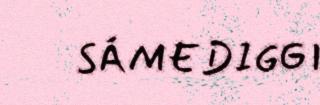
SÁMEDIGGI